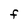
Character: F